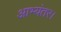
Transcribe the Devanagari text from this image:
आभ्यंतर।